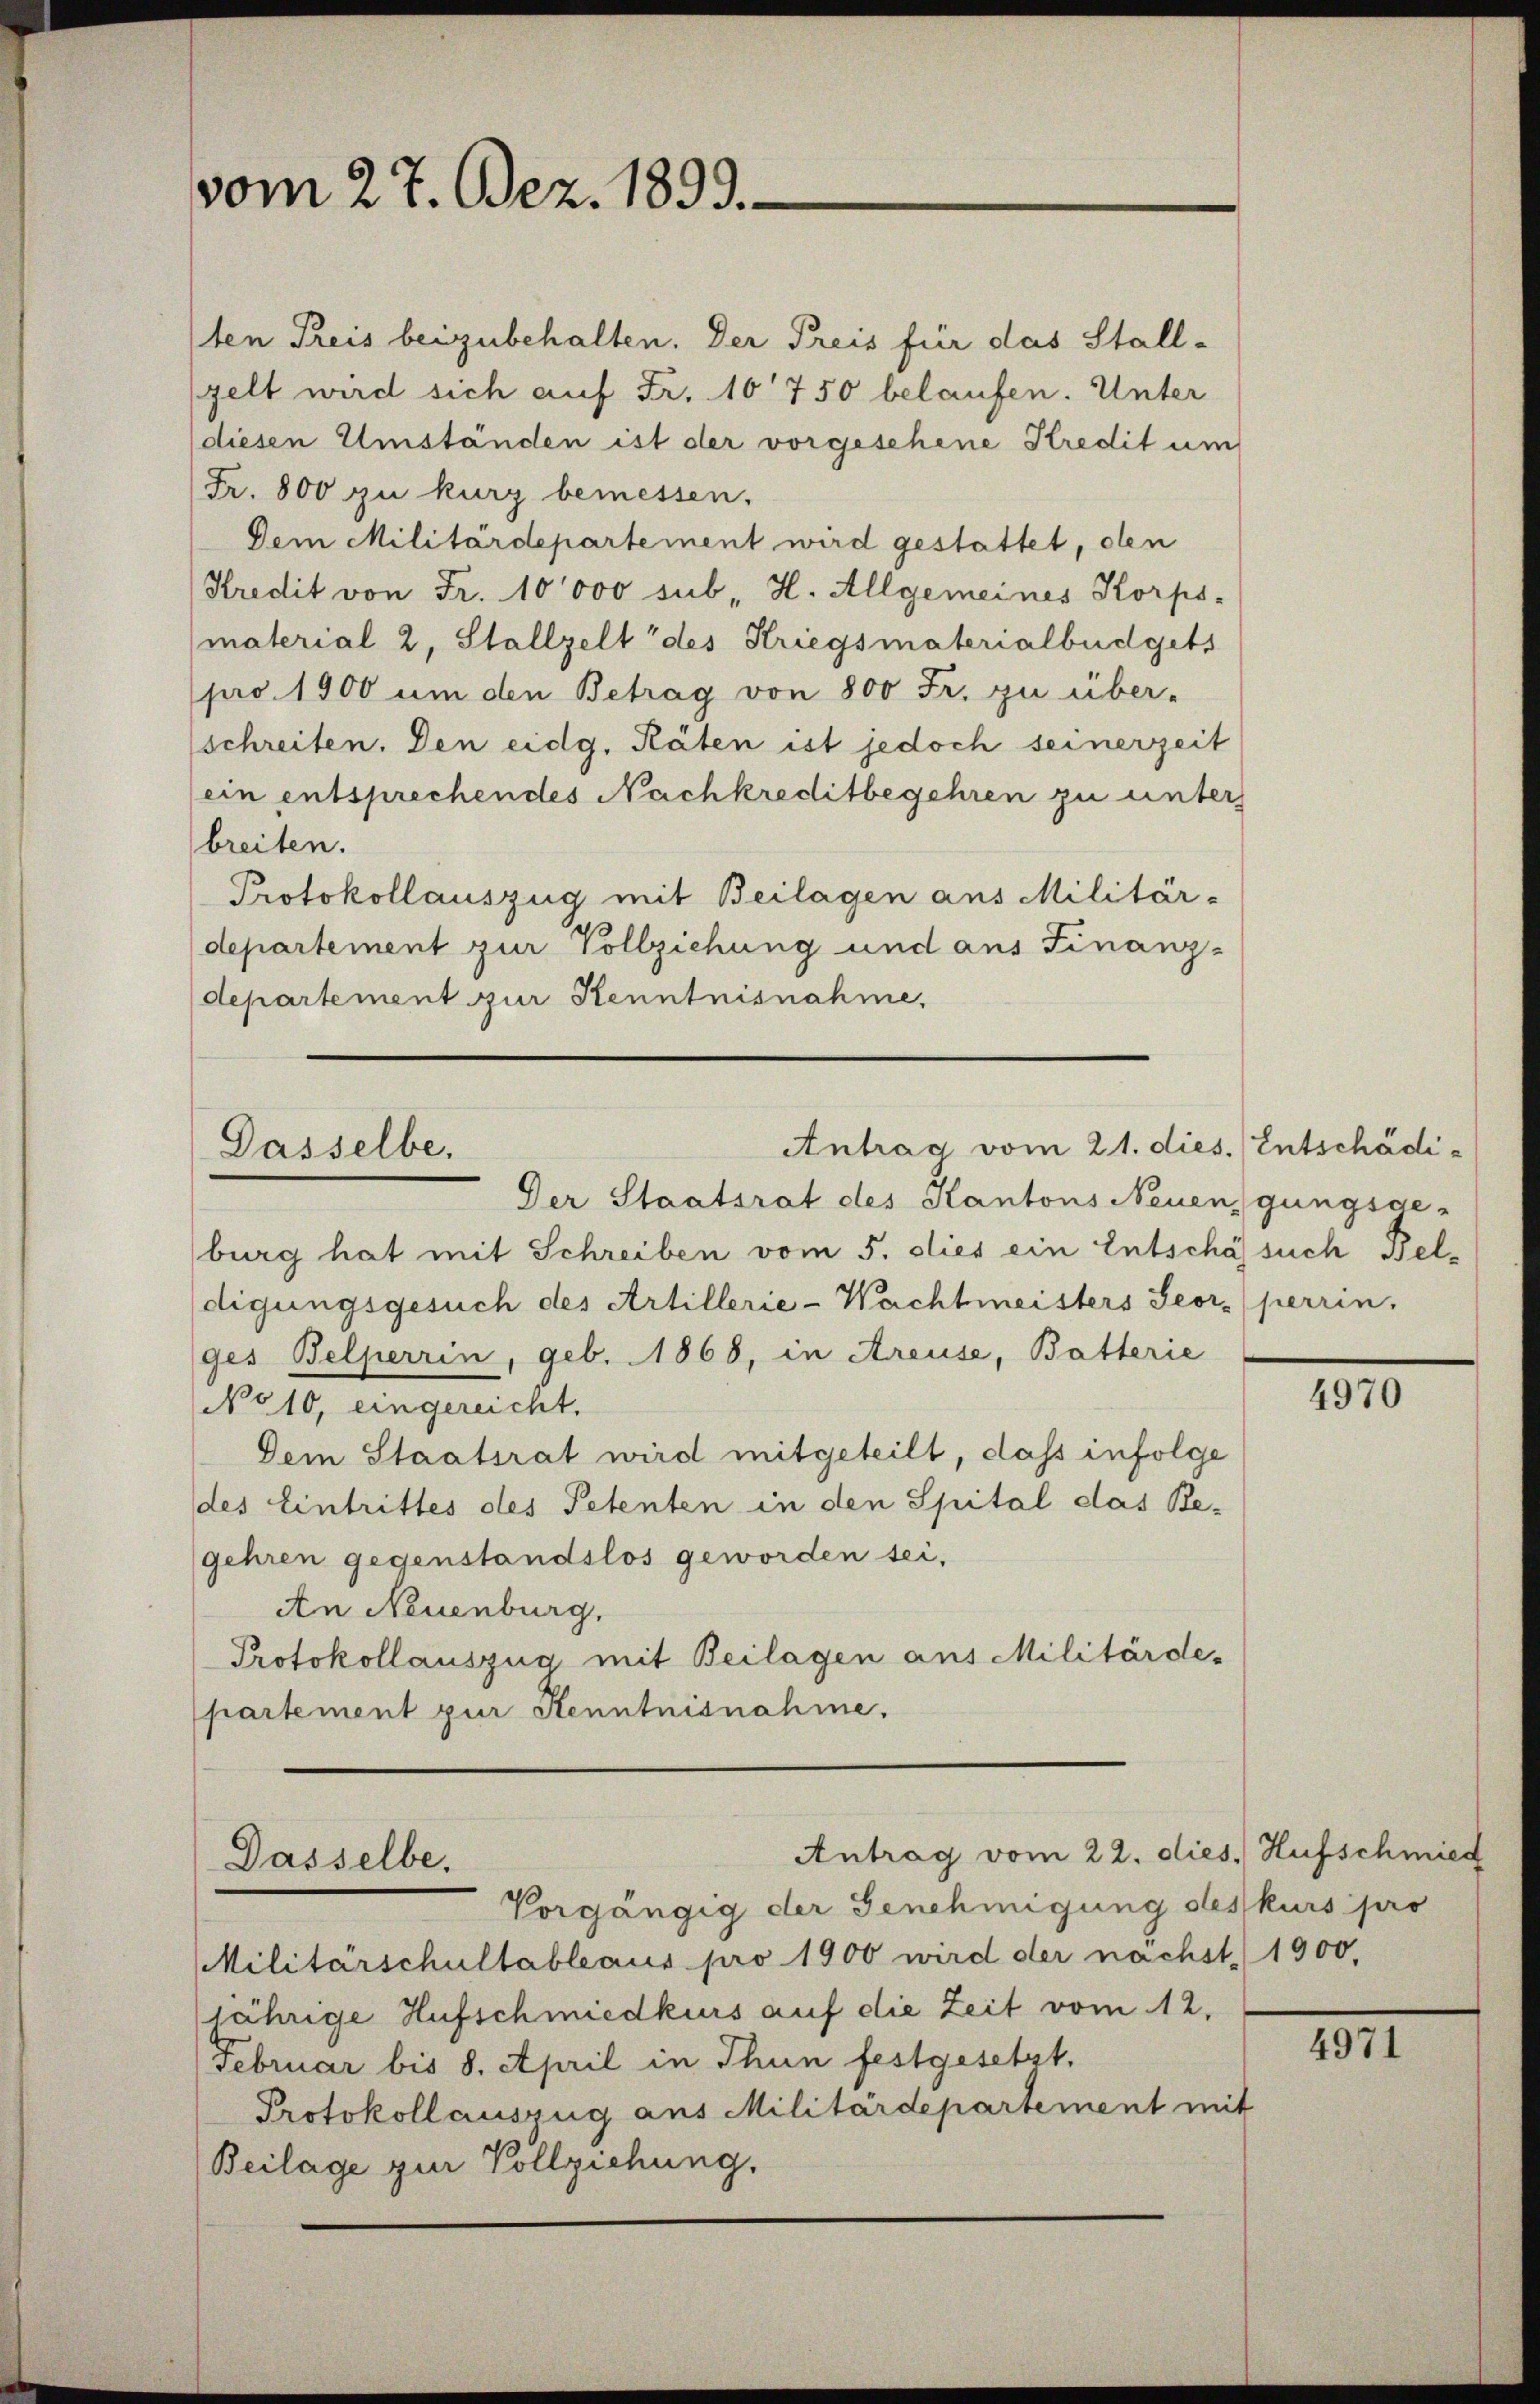
vom 27. Dez. 1899.

1ten Preis beizubehalten. Der Preis für das Stall-
(zelt wird sich auf Fr. 10750 belaufen. Unter
(diesen Umständen ist der vorgesehene Kredit um
Fr. 800 zu kurz bemessen.
Dem Militärdepartement wird gestattet, den
Kredit von Fr. 10000 sub H. Allgemeines Korps-
(material 2, Stallzelt des Kriegsmaterialbüdgets
pro 1900 um den Betrag von 800 Fr. zu über-
schreiten. Den eidg. Räten ist jedoch seinerzeit
ein entsprechendes Nachkreditbegehren zu unters
breiten.
Protokollauszug mit Beilagen aus Militär-
departement zur Vollziehung und aus Finanz-
departement zur Kenntnisnahme,

Antrag vom 21. dies. Entschädi¬
Dasselbe.

Der Staatsrat des Kantons Neuengungsge-
burg hat mit Schreiben vom 5. dies ein Entschäfsuch Beldigungsgesuch des Artillerie-Wachtmeisters Seor. (perrin.
ges Belperrin, geb. 1868, in Areuse, Batterie
No 10, eingereicht.
Dem Staatsrat wird mitgeteilt, dass infolge
des Eintrittes des Petenten in den Spital das Begehren gegenstandslos geworden sei,
An Neuenburg,
Protokollauszug mit Beilagen aus Militärde-
partement zur Kenntnisnahme.

Antrag vom 22. dies. Hufschmied
Dasselbe.
Vorgängig der Genehmigung deskurs pro

Militärschultableaus pro 1900 wird der nächst 1900,
jährige Hufschmiedkurs auf die Zeit vom 12.
Februar bis 8. April in Thun festgesetzt,
Protokoll auszug aus Militärdepartement mit
Beilage zur Vollziehung.

4970

IIII